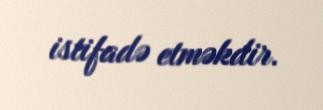
istifadə etməkdir.